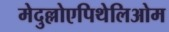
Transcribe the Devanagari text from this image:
मेदुल्लोएपिथेलिओम